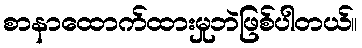
စာနာထောက်ထားမှုဘဲဖြစ်ပါတယ်။